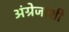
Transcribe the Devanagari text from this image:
अंग्रेजांशी